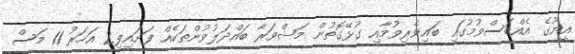
އީޔޫގެ އެއްބަސްވުމުގައި ބައިވެރިވުމާއި ގުޅޭގޮތުން މަޝްވަރާ ބައްދަލުވުންތަކެއް ފަށައިފި2 އަހަރު 11 މަސް